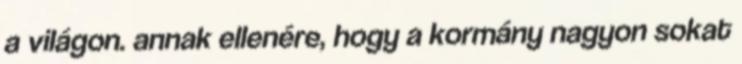
a világon. annak ellenére, hogy a kormány nagyon sokat